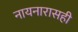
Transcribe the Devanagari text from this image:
नायनारासही